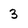
Character: 3